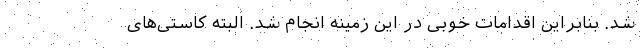
شد. بنابراین اقدامات خوبی در این زمینه انجام شد. البته کاستی‌های